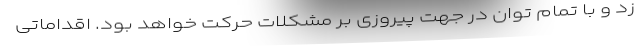
زد و با تمام توان در جهت پیروزی بر مشکلات حرکت خواهد بود. اقداماتی